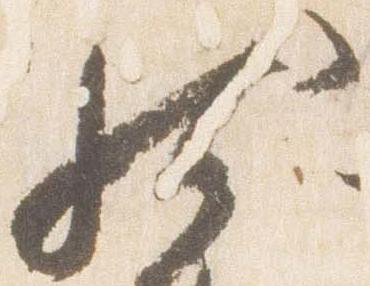
然